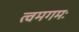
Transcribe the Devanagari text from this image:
त्वमगमः